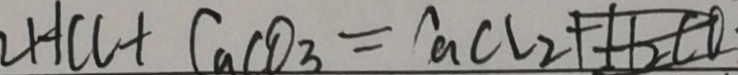
2 H C l + C a C O _ { 3 } = C a C l _ { 2 } + H _ { 2 } C O